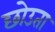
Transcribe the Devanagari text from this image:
छोउता